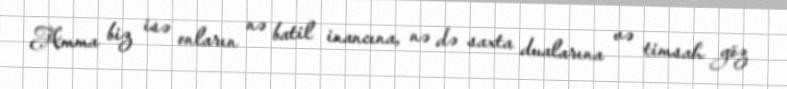
Amma biz isə onların nə batil inancına, nə də saxta dualarına və timsah göz